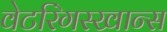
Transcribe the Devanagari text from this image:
वेटरिंगस्खान्स